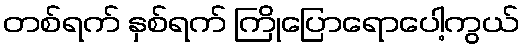
တစ်ရက် နှစ်ရက် ကြိုပြောရောပေါ့ကွယ်